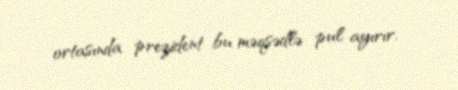
ortasında prezident bu məqsədlə pul ayırır.